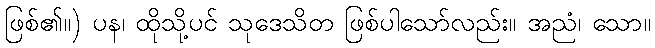
ဖြစ်၏။) ပန၊ ထိုသို့ပင် သုဒေသိတ ဖြစ်ပါသော်လည်း။ အညံ၊ သော။